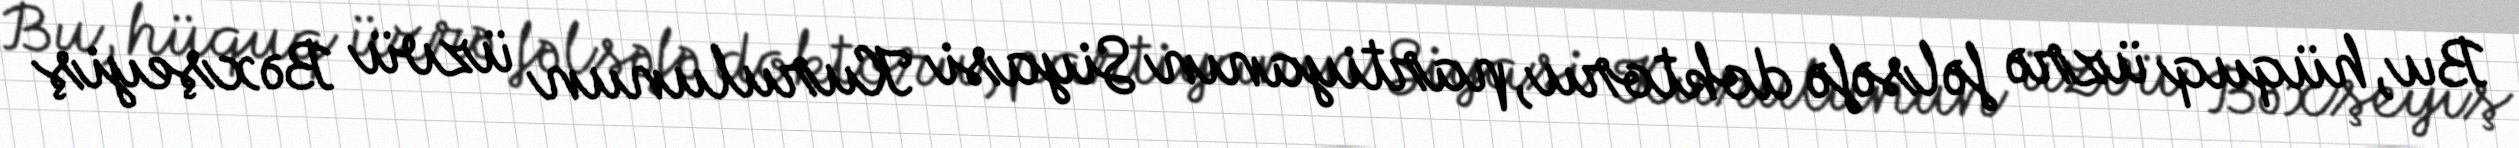
Bu, hüquq üzrə fəlsəfə doktoru, partiyanın Siyasi Kurulunun üzvü Bəxşeyiş